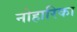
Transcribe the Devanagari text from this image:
नोहारिका